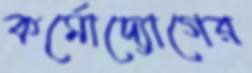
কর্মোদ্যোগের